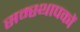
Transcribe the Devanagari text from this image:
सम्स्थापकों